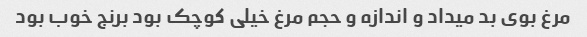
مرغ بوی بد میداد و اندازه و حجم مرغ خیلی کوچک بود برنج خوب بود